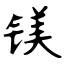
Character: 镁